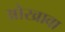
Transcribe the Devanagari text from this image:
ओखावा